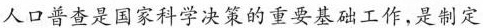
人口普查是国家科学决策的重要基础工作，是制定